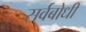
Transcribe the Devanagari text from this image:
सर्वबोधी